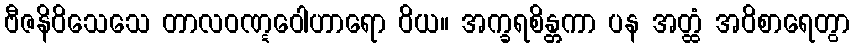
ဗီဇနိဝိသေသေ တာလဝဏ္ဋဝေါဟာရော ဝိယ။ အက္ခရစိန္တကာ ပန အတ္ထံ အဝိစာရေတွာ